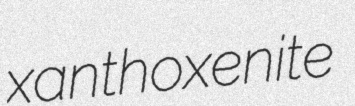
xanthoxenite